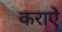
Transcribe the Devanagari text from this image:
कराऐ